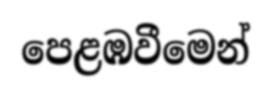
පෙළඹවීමෙන්